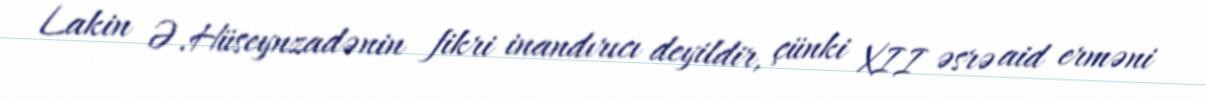
Lakin Ə.Hüseynzadənin fikri inandırıcı deyildir, çünki XII əsrə aid erməni